Rangoon Lunatic Asylum 1878-1892 - 1878-1892
Year: 1878
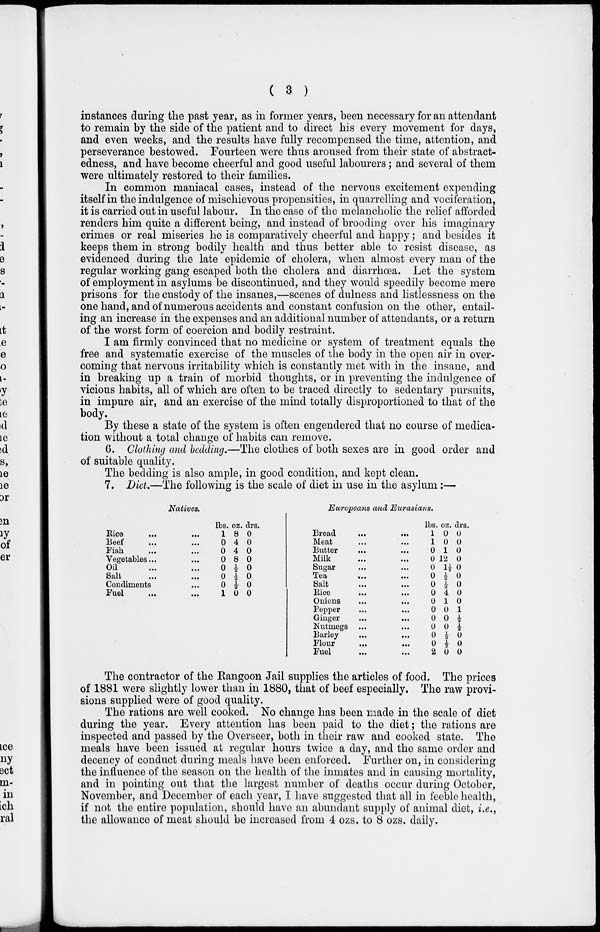
( 3 )
instances during the past year, as in former years, been necessary for an attendant
to remain by the side of the patient and to direct his every movement for days,
and even weeks, and the results have fully recompensed the time, attention, and
perseverance bestowed. Fourteen were thus aroused from their state of abstract-
edness, and have become cheerful and good useful labourers; and several of them
were ultimately restored to their families.
In common maniacal cases, instead of the nervous excitement expending
itself in the indulgence of mischievous propensities, in quarrelling and vociferation,
it is carried out in useful labour. In the case of the melancholic the relief afforded
renders him quite a different being, and instead of brooding over his imaginary
crimes or real miseries he is comparatively cheerful and happy; and besides it
keeps them in strong bodily health and thus better able to resist disease, as
evidenced during the late epidemic of cholera, when almost every man of the
regular working gang escaped both the cholera and diarrhœa. Let the system
of employment in asylums be discontinued, and they would speedily become mere
prisons for the custody of the insanes,—scenes of dulness and listlessness on the
one hand, and of numerous accidents and constant confusion on the other, entail-
ing an increase in the expenses and an additional number of attendants, or a return
of the worst form of coercion and bodily restraint.
I am firmly convinced that no medicine or system of treatment equals the
free and systematic exercise of the muscles of the body in the open air in over-
coming that nervous irritability which is constantly met with in the insane, and
in breaking up a train of morbid thoughts, or in preventing the indulgence of
vicious habits, all of which are often to be traced directly to sedentary pursuits,
in impure air, and an exercise of the mind totally disproportioned to that of the
body.
By these a state of the system is often engendered that no course of medica-
tion without a total change of habits can remove.
6. Clothing and bedding.—The clothes of both sexes are in good order and
of suitable quality.
The bedding is also ample, in good condition, and kept clean.
7. Diet.—The following is the scale of diet in use in the asylum:—
Natives.
Rice
...
...
Beef
...
...
Fish ... ...
Vegetables ... ...
Oil ... ...
Salt
...
...
Condiments ...
Fuel ... ...
lbs.
1
0
0
0
0
0
0
1
oz.
8
4
4
8
½
½
½
0
drs.
0
0
0
0
0
0
0
0
Europeans and Eurasians.
Bread
...
...
Meat ... ...
Butter ... ...
Milk ... ...
Sugar ... ...
Tea
...
...
Salt
...
...
Rice
...
...
Onions
...
...
Pepper ... ...
Ginger ... ...
Nutmegs ... ...
Barley ... ...
Flour ... ...
Fuel ... ...
lbs.
1
1
0
0
0
0
0
0
0
0
0
0
0
0
2
oz.
0
0
1
12
1½
½
½
4
1
0
0
0
½
½
0
drs.
0
0
0
0
0
0
0
0
0
1
½
½
0
0
0
The contractor of the Rangoon Jail supplies the articles of food. The prices
of 1881 were slightly lower than in 1880, that of beef especially. The raw provi-
sions supplied were of good quality.
The rations are well cooked. No change has been made in the scale of diet
during the year. Every attention has been paid to the diet; the rations are
inspected and passed by the Overseer, both in their raw and cooked state. The
meals have been issued at regular hours twice a day, and the same order and
decency of conduct during meals have been enforced. Further on, in considering
the influence of the season on the health of the inmates and in causing mortality,
and in pointing out that the largest number of deaths occur during October,
November, and December of each year, I have suggested that all in feeble health,
if not the entire population, should have an abundant supply of animal diet, i.e.,
the allowance of meat should be increased from 4 ozs. to 8 ozs. daily.